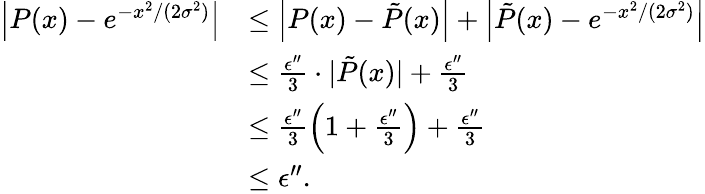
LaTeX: \begin{array}{rl}{\left|P(x)-e^{-x^{2}/(2\sigma^{2})}\right|}&{\le\left|P(x)-\tilde{P}(x)\right|+\left|\tilde{P}(x)-e^{-x^{2}/(2\sigma^{2})}\right|}\\ &{\le\frac{\epsilon^{\prime\prime}}{3}\cdot|\tilde{P}(x)|+\frac{\epsilon^{\prime\prime}}{3}}\\ &{\le\frac{\epsilon^{\prime\prime}}{3}\left(1+\frac{\epsilon^{\prime\prime}}{3}\right)+\frac{\epsilon^{\prime\prime}}{3}}\\ &{\le\epsilon^{\prime\prime}.}\end{array}